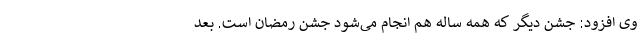
وی افزود: جشن دیگر که همه ساله هم انجام می‌شود جشن رمضان است. بعد